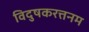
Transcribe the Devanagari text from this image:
विदुषकरत्तनम